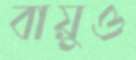
বায়ুও